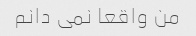
من واقعا نمی دانم